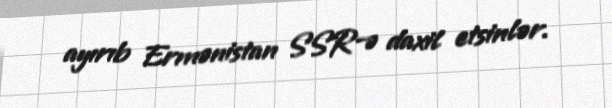
ayırıb Ermənistan SSR-ə daxil etsinlər.